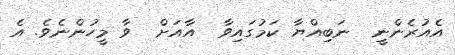
އެއުރެންނީ  ނަބިއްޔާ ކަމުގައިވާ  އާއަށް  ވާ މީހުންނެވެ. އެ